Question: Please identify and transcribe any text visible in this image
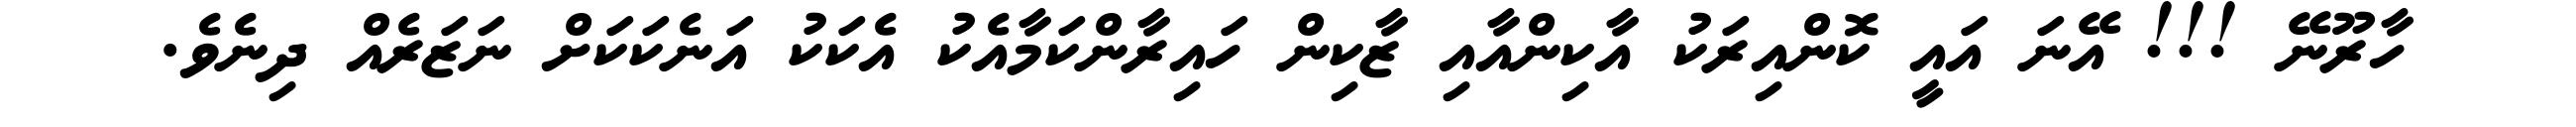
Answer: ހާރޫނޭ !!! އޭނަ އައީ ކޮންއިރަކު އާކިންއާއި ޒާކިން ހައިރާންކަމާއެކު އެކަކު އަނެކަކަށް ނަޒަރެއް ދިނެވެ.